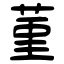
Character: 菫